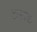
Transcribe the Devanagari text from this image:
टामस्क